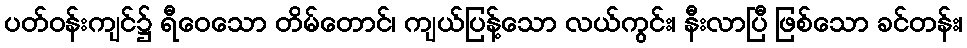
ပတ်ဝန်းကျင်၌ ရီဝေသော တိမ်တောင်၊ ကျယ်ပြန့်သော လယ်ကွင်း၊ နီးလာပြီ ဖြစ်သော ခင်တန်း၊